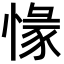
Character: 𢞶